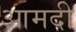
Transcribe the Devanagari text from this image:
आमदी